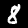
Digit: 8